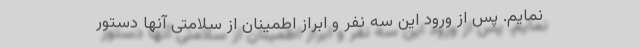
نمایم. پس از ورود این سه نفر و ابراز اطمینان از سلامتی آنها دستور